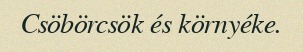
Csöbörcsök és környéke.